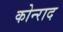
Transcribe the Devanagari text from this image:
कोन्‍राद